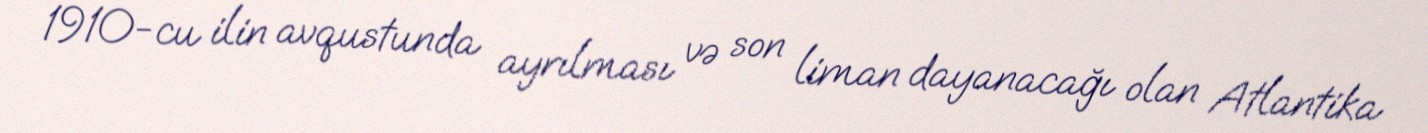
1910-cu ilin avqustunda ayrılması və son liman dayanacağı olan Atlantika